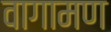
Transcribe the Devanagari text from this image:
वागामण